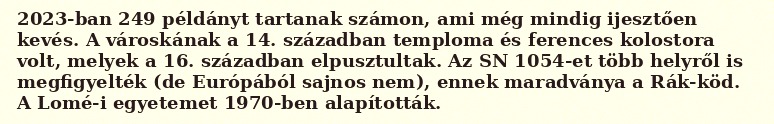
2023-ban 249 példányt tartanak számon, ami még mindig ijesztően kevés. A városkának a 14. században temploma és ferences kolostora volt, melyek a 16. században elpusztultak. Az SN 1054-et több helyről is megfigyelték (de Európából sajnos nem), ennek maradványa a Rák-köd. A Lomé-i egyetemet 1970-ben alapították.